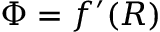
\Phi = f ^ { \prime } ( R )